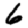
Digit: 6